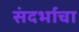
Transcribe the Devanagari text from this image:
संदर्भाचा